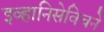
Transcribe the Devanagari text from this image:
इव्हानिसेविचने